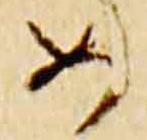
如